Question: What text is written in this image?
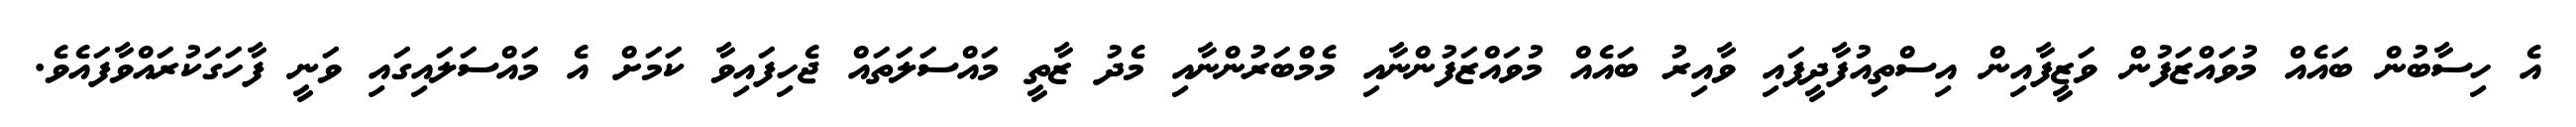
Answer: އެ ހިސާބުން ބައެއް މުވައްޒަފުން ވަޒީފާއިން އިސްތިއުފާދީފައި ވާއިރު ބައެއް މުވައްޒަފުންނާއި މެމްބަރުންނާއި މެދު ޒާތީ މައްސަލަތައް ޖެހިފައިވާ ކަމަށް އެ މައްސަލައިގައި ވަނީ ފާހަގަކުރައްވާފައެވެ.